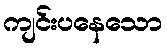
ကျင်းပနေသော